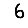
Digit: 6